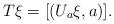
LaTeX: \begin{align*} T\xi=[(U_{a}\xi,a)].\end{align*}